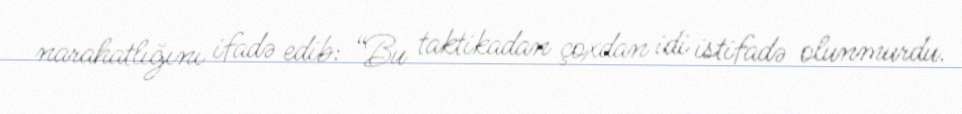
narahatlığını ifadə edib: “Bu taktikadan çoxdan idi istifadə olunmurdu.